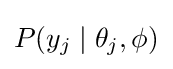
P(y_{j}\mid \theta _{j},\phi )